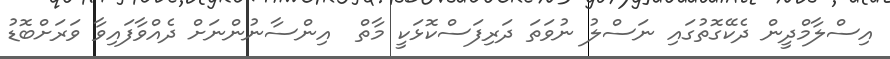
އިސްލާމްދީން ދެކޭގޮތުގައި ނަސްލު ނުވަތަ ދަރިފަސްކޮޅަކީ މާތް  އިންސާނުންނަށް ދެއްވާފައިވާ ވަރަށްބޮޑު